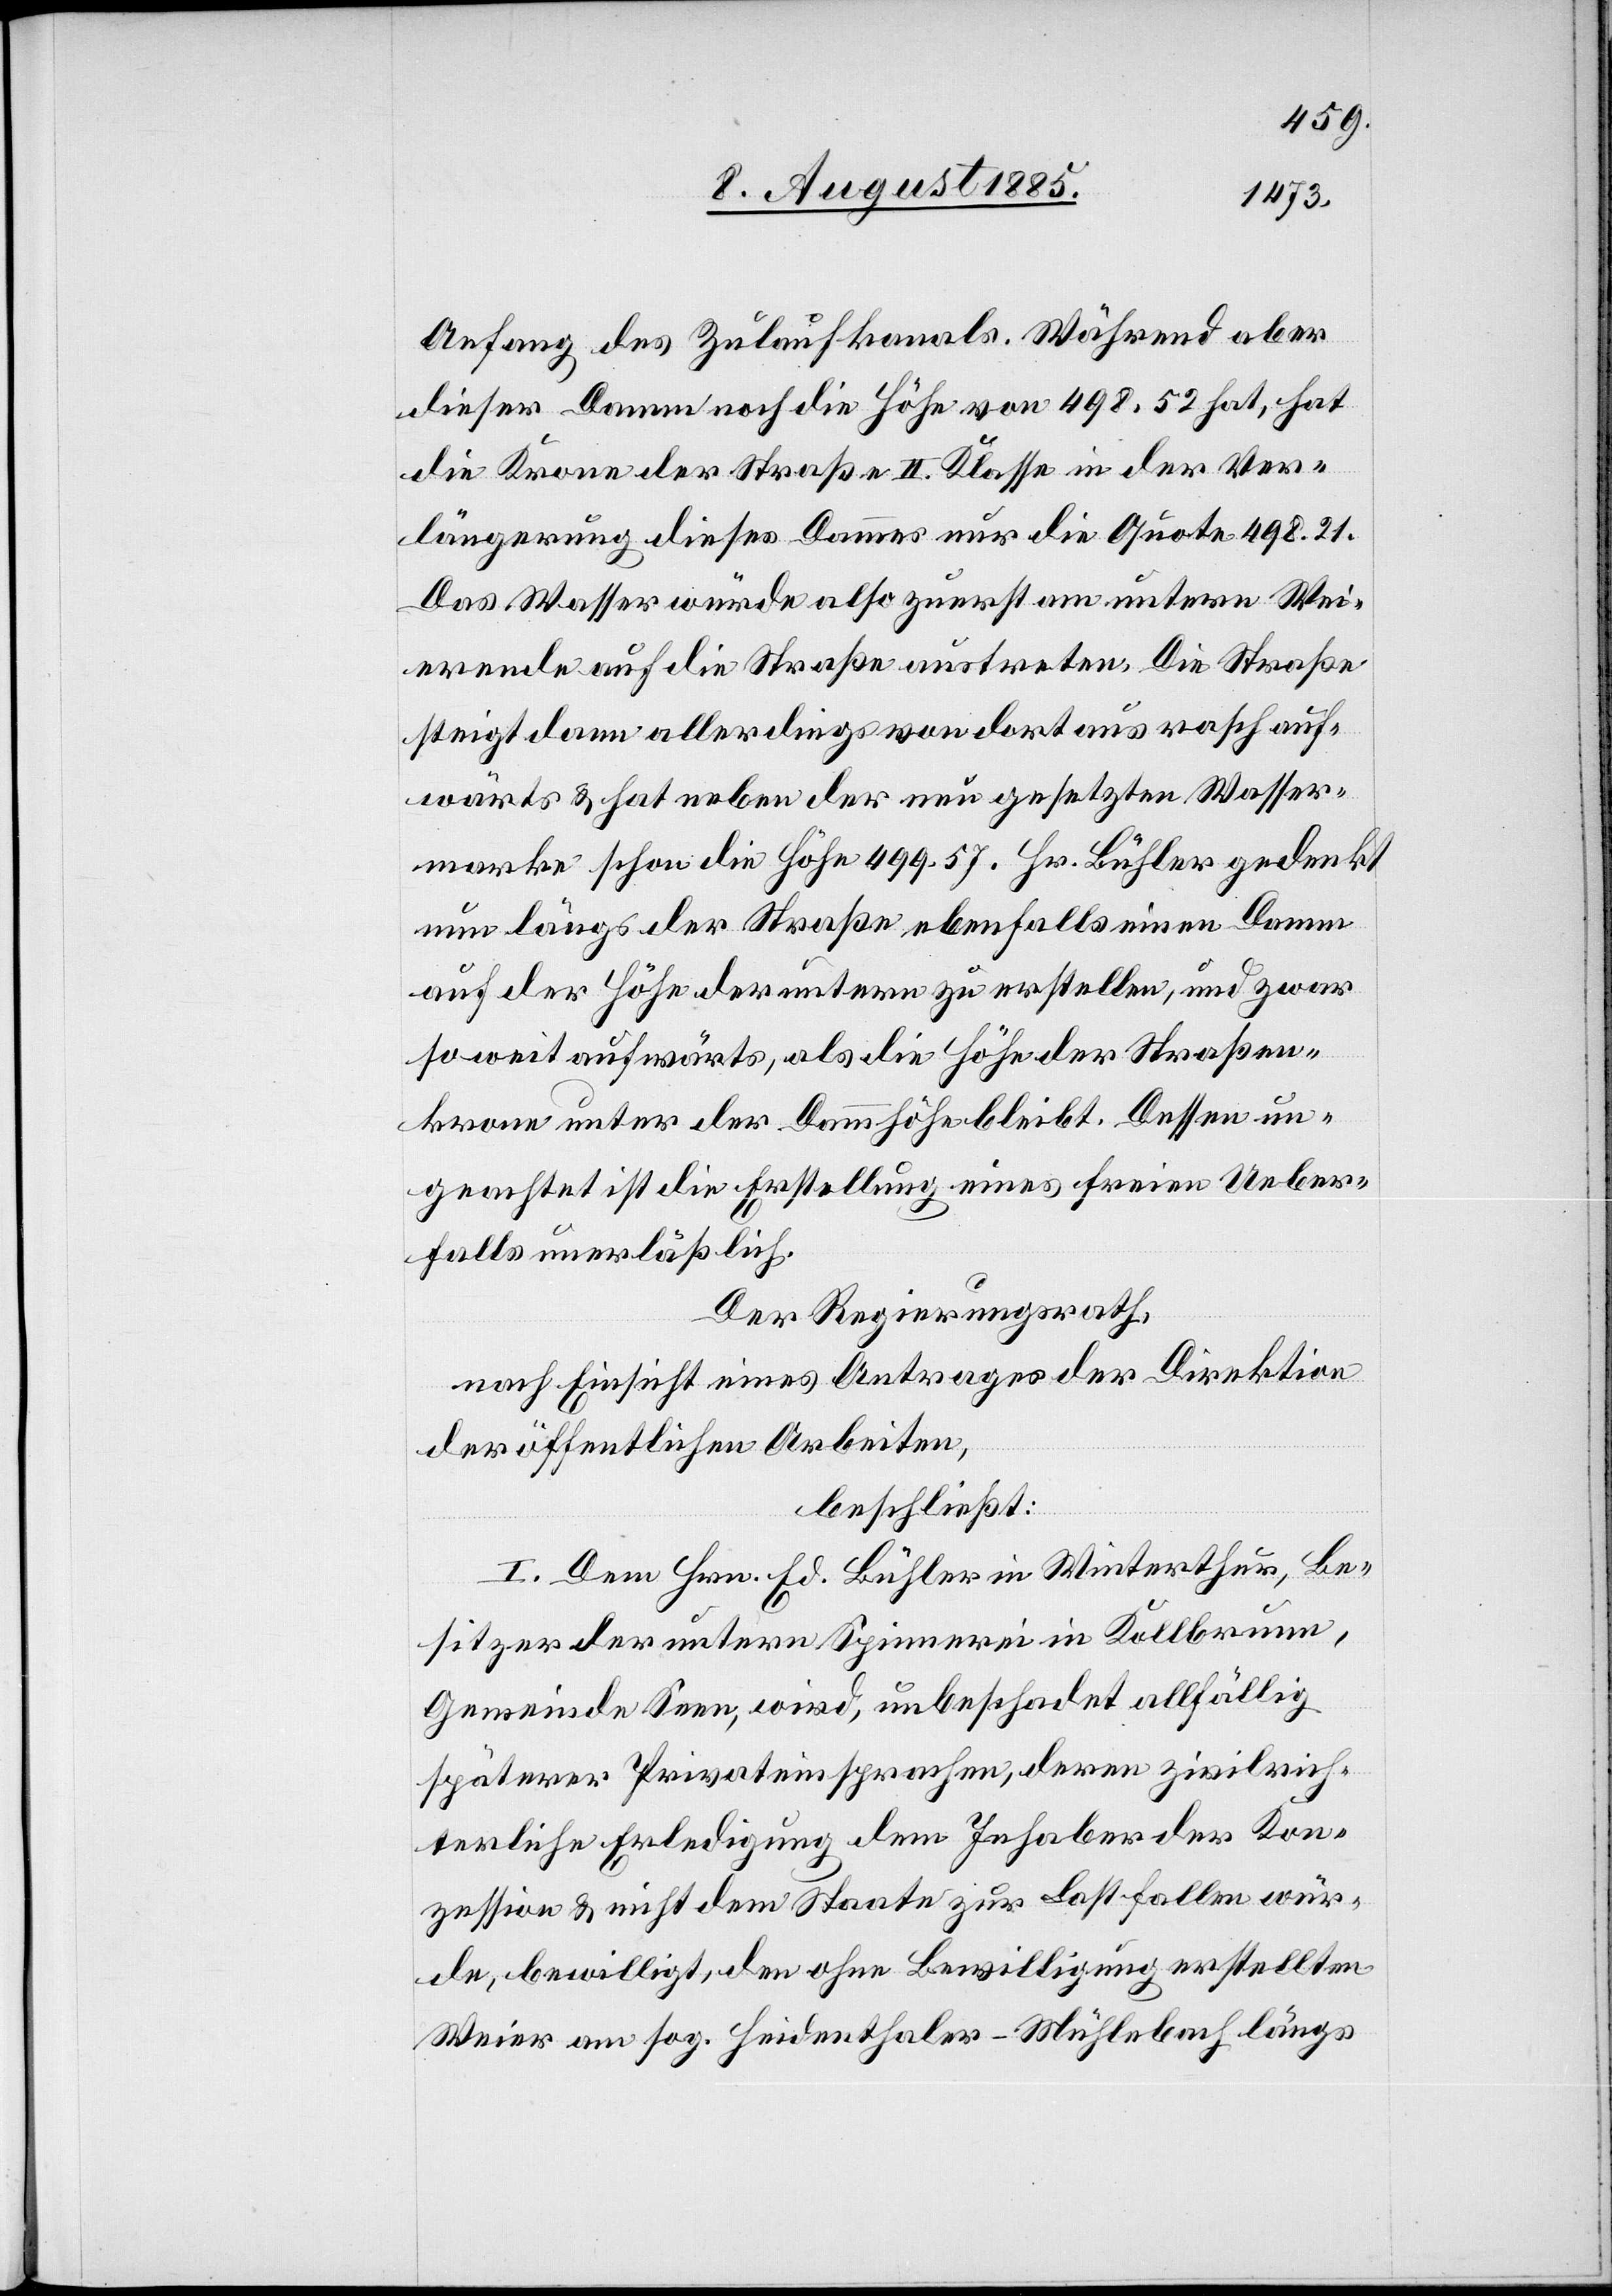
Anfang des Zulaufkanals. Während aber
dieser Damm noch die Höhe von 498 52 hat, hat
die Krone der Straße II. Klasse in der Ver¬
längerung dieses Dammes nur die Quote 498.21.
Das Wasser würde also zuerst am untern Wei¬
erende auf die Straße austreten. Die Straße
steigt dann allerdings von dort aus rasch auf¬
wärts & hat neben der neu gesetzten Wasser¬
marke schon die Höhe 499.57. Hr. Bühler gedenkt
nun längs der Straße ebenfalls einen Damm
auf der Höhe der untern zu erstellen, und zwar
so weit aufwärts, als die Höhe der Straßen¬
krone unter der Dammhöhe bleibt. Dessen un¬
geachtet ist die Erstellung eines freien Ueber¬
falls unerläßlich.
Der Regierungsrath,
nach Einsicht eines Antrages der Direktion
der öffentlichen Arbeiten,
beschließt:
I. Dem Hrn. Ed. Bühler in Winterthur, Be¬
sitzer der untern Spinnerei in Kollbrunn,
Gemeinde Seen, wird, unbeschadet allfällig
späterer Privateinsprachen, deren zivilrich¬
terliche Erledigung dem Inhaber der Kon¬
zession & nicht dem Staate zur Last fallen wür¬
de, bewilligt, den ohne Bewilligung erstellten
Weier am sog. Heidenthaler-Mühlebach längs